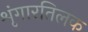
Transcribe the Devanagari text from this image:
शृंगारतिलक